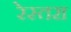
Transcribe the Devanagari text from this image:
रेस्तरा